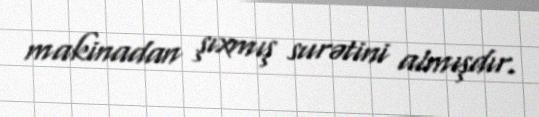
makinadan şıxmış surətini almışdır.